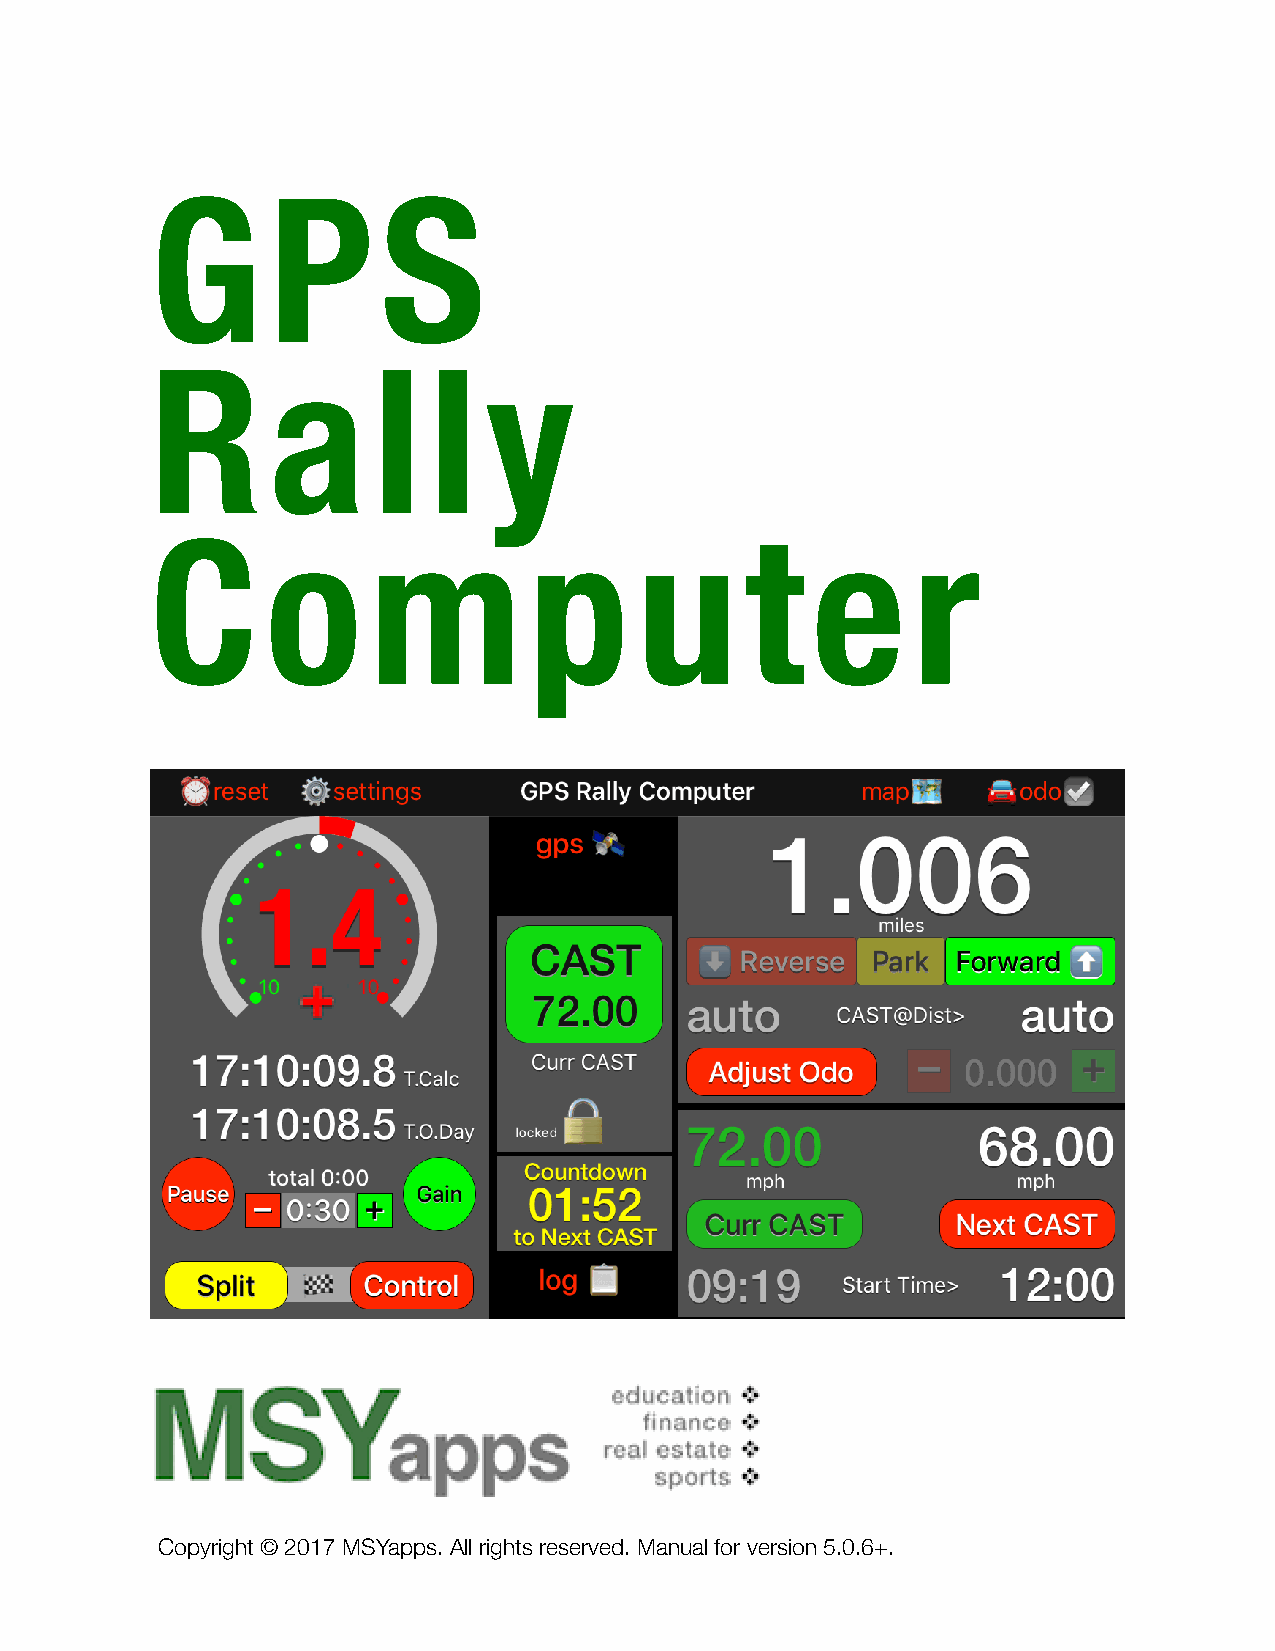
G       P      S
 R       a      l  l   y
 C       o     m          p      u      t    e     r
 Copyright © 2017 MSYapps. All rights reserved. Manual for version 5.0.6+. Page 1